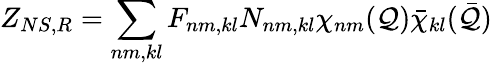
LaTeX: Z_{NS,R}=\sum_{nm,kl}F_{nm,kl}N_{nm,kl}\chi_{nm}(\mathcal{Q})\bar{{\chi}}_{kl}(\bar{{\mathcal{Q}}})